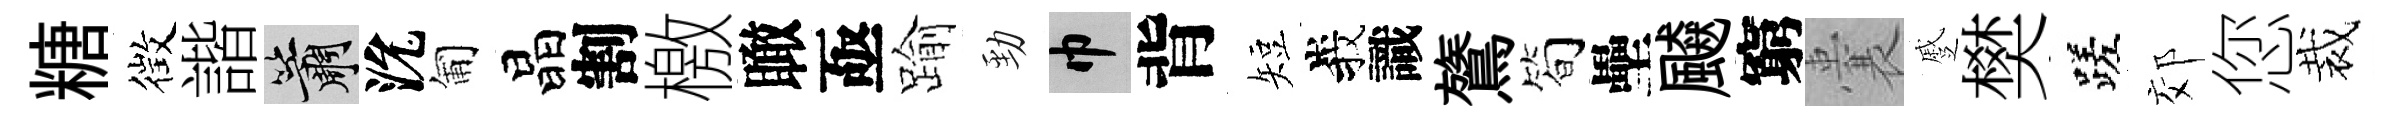
糖徴諧簫沇匍晶割檄瞰亟踰勁巾背短峩識鷟简壘飇窮囊蹙樊蹉郊您裁